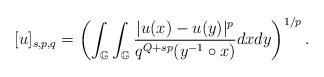
LaTeX: \begin{align*}[u]_{s,p,q}=\left( \int_{\mathbb{G}} \int_{\mathbb{G}}\frac{|u(x)-u(y)|^{p}}{q^{Q+sp}(y^{-1}\circ x)}dxdy\right)^{1/p}.\end{align*}